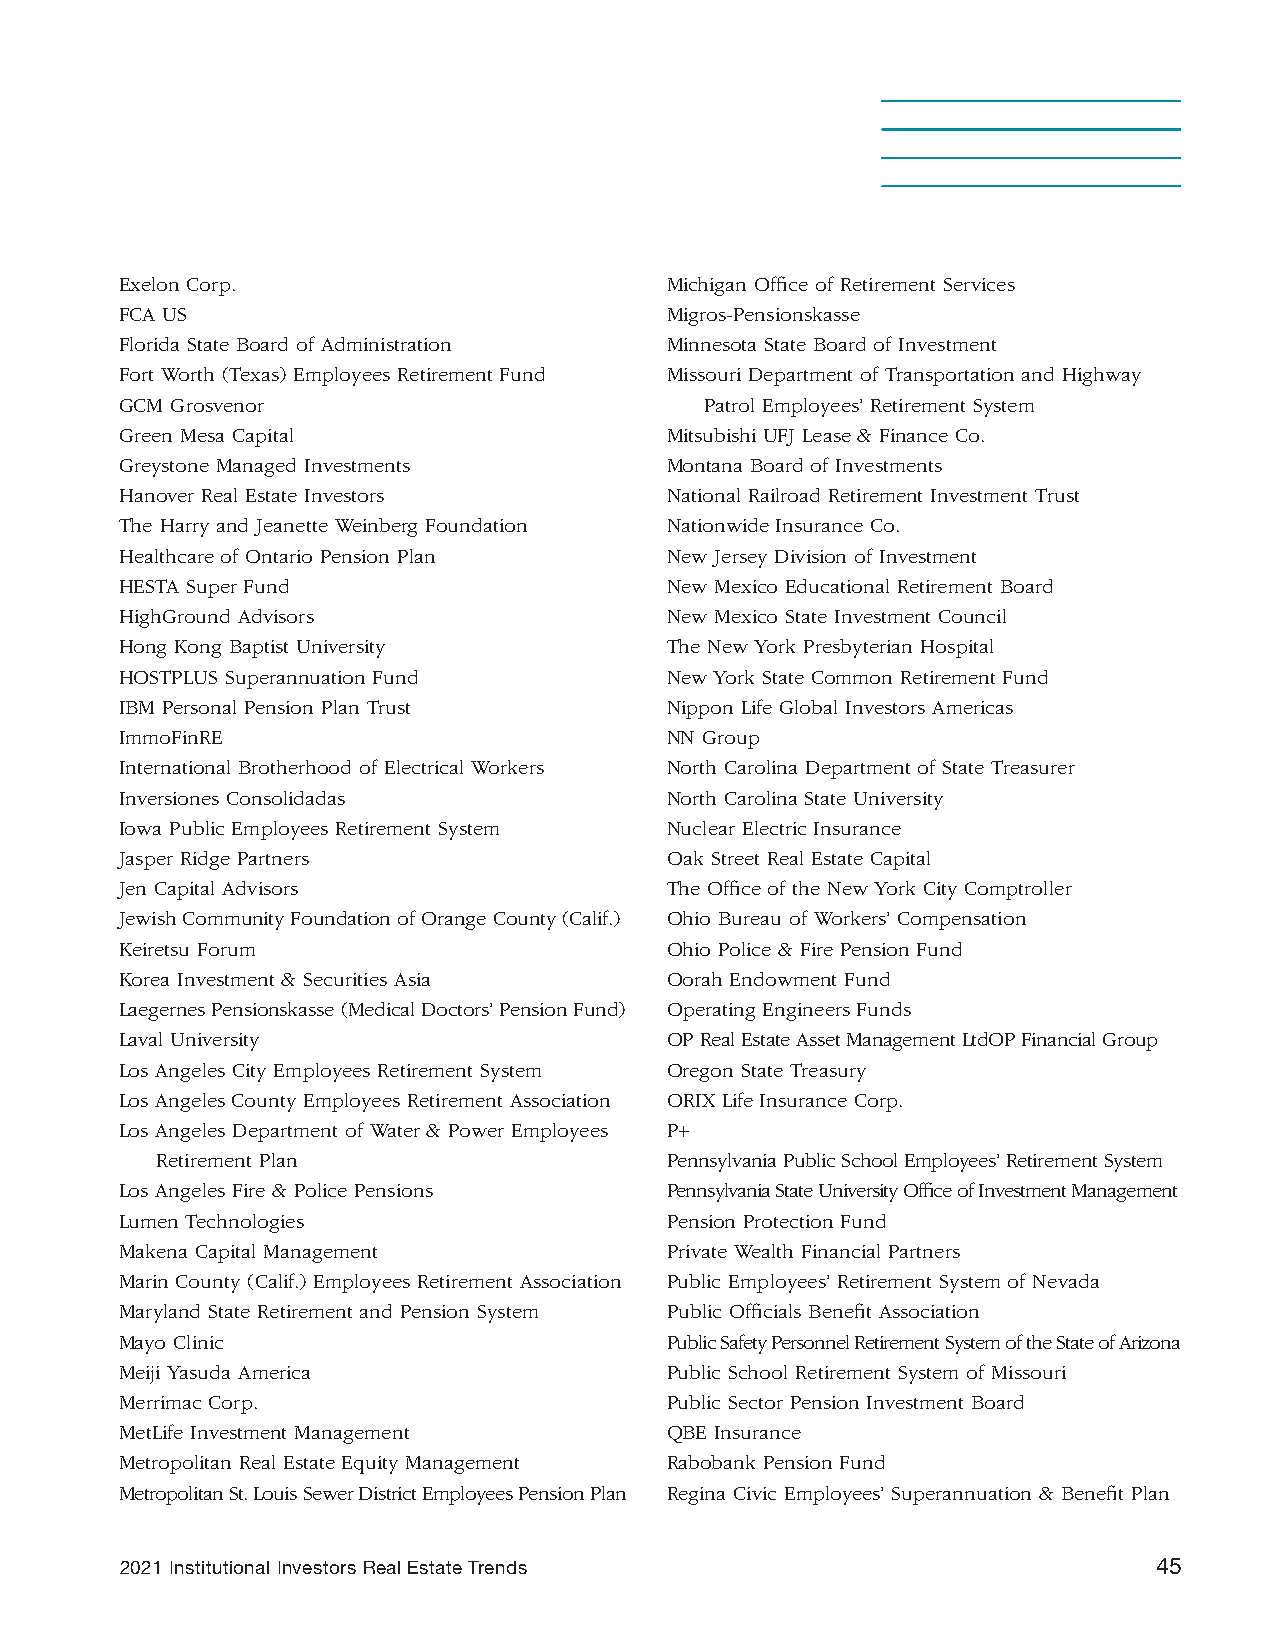
Exelon Corp.                        Michigan Office of Retirement Services
 FCA US                              Migros-Pensionskasse
 Florida State Board of Administration Minnesota State Board of Investment
 Fort Worth (Texas) Employees Retirement Fund Missouri Department of Transportation and Highway
 GCM Grosvenor                          Patrol Employees’ Retirement System
 Green Mesa Capital                  Mitsubishi UFJ Lease & Finance Co.
 Greystone Managed Investments       Montana Board of Investments
 Hanover Real Estate Investors       National Railroad Retirement Investment Trust
 The Harry and Jeanette Weinberg Foundation Nationwide Insurance Co.
 Healthcare of Ontario Pension Plan  New Jersey Division of Investment
 HESTA Super Fund                    New Mexico Educational Retirement Board
 HighGround Advisors                 New Mexico State Investment Council
 Hong Kong Baptist University        The New York Presbyterian Hospital
 HOSTPLUS Superannuation Fund        New York State Common Retirement Fund
 IBM Personal Pension Plan Trust     Nippon Life Global Investors Americas
 ImmoFinRE                           NN Group
 International Brotherhood of Electrical Workers North Carolina Department of State Treasurer
 Inversiones Consolidadas            North Carolina State University
 Iowa Public Employees Retirement System Nuclear Electric Insurance
 Jasper Ridge Partners               Oak Street Real Estate Capital
 Jen Capital Advisors                The Office of the New York City Comptroller
 Jewish Community Foundation of Orange County (Calif.) Ohio Bureau of Workers’ Compensation
 Keiretsu Forum                      Ohio Police & Fire Pension Fund
 Korea Investment & Securities Asia  Oorah Endowment Fund
 Laegernes Pensionskasse (Medical Doctors’ Pension Fund) Operating Engineers Funds
 Laval University                    OP Real Estate Asset Management LtdOP Financial Group
 Los Angeles City Employees Retirement System Oregon State Treasury
 Los Angeles County Employees Retirement Association ORIX Life Insurance Corp.
 Los Angeles Department of Water & Power Employees P+
 Retirement Plan                   Pennsylvania Public School Employees’ Retirement System
 Los Angeles Fire & Police Pensions  Pennsylvania State University Office of Investment Management
 Lumen Technologies                  Pension Protection Fund
 Makena Capital Management           Private Wealth Financial Partners
 Marin County (Calif.) Employees Retirement Association Public Employees’ Retirement System of Nevada
 Maryland State Retirement and Pension System Public Officials Benefit Association
 Mayo Clinic                         Public Safety Personnel Retirement System of the State of Arizona
 Meiji Yasuda America                Public School Retirement System of Missouri
 Merrimac Corp.                      Public Sector Pension Investment Board
 MetLife Investment Management       QBE Insurance
 Metropolitan Real Estate Equity Management Rabobank Pension Fund
 Metropolitan St. Louis Sewer District Employees Pension Plan Regina Civic Employees’ Superannuation & Benefit Plan
 2021 Institutional Investors Real Estate Trends                      45